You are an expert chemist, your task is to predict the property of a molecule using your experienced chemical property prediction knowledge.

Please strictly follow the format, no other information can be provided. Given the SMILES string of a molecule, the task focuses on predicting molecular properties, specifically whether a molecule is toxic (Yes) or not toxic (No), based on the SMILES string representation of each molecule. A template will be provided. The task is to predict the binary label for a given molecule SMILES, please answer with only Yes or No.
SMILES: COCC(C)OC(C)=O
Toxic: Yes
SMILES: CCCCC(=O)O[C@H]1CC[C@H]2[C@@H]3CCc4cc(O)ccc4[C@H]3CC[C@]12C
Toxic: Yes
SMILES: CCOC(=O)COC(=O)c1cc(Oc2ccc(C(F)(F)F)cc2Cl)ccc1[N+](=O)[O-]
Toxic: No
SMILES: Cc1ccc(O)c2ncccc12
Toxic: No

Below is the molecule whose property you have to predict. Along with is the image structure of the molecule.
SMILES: CO/N=C(/C(=O)N[C@@H]1C(=O)N2C(C(=O)OCOC(=O)C(C)(C)C)=C(C)CS[C@H]12)c1csc(N)n1
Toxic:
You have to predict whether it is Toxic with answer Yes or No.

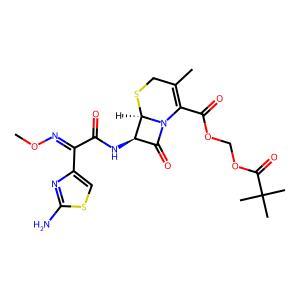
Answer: No